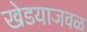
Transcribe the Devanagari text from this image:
खेडयाजवळ